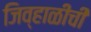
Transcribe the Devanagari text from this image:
जिव्हाळीची